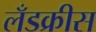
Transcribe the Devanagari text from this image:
लँडक्रीस